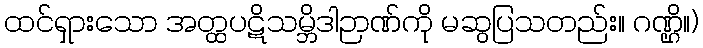
ထင်ရှားသော အတ္ထပဋိသမ္ဘိဒါဉာဏ်ကို မဆွပြသတည်း။ ဂဏ္ဌိ။)